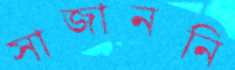
সাজাননি